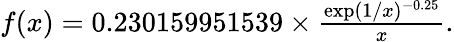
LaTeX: \begin{array}{r}{f(x)=0.230159951539\times\frac{\exp(1/x)^{-0.25}}{x}.}\end{array}